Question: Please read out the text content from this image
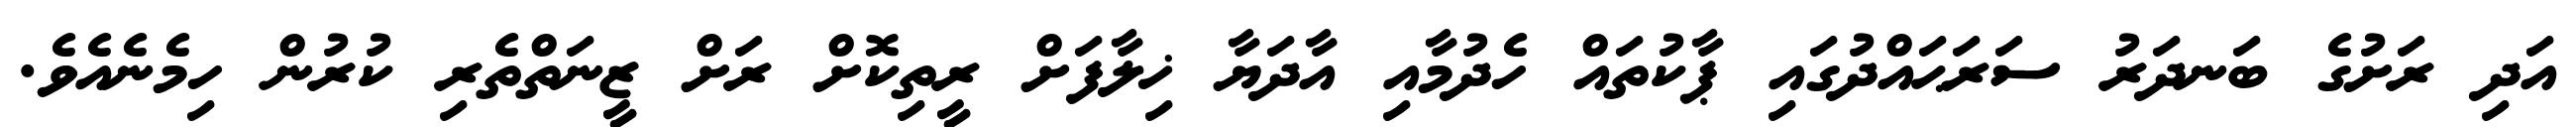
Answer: އަދި ރަށުގެ ބަނދަރު ސަރަޙައްދުގައި ޕާކުތައް ހެދުމާއި އާދަޔާ ޚިލާފަށް ރީތިކޮށް ރަށް ޒީނަތްތެރި ކުރުން ހިމެނެއެވެ.